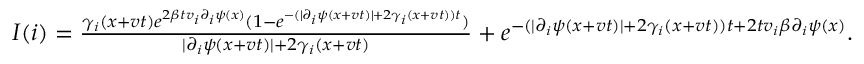
\begin{array} { r } { I ( i ) = \frac { \gamma _ { i } ( x + v t ) e ^ { 2 \beta t v _ { i } \partial _ { i } \psi ( x ) } ( 1 - e ^ { - ( \lvert \partial _ { i } \psi ( x + v t ) \rvert + 2 \gamma _ { i } ( x + v t ) ) t } ) } { \lvert \partial _ { i } \psi ( x + v t ) \rvert + 2 \gamma _ { i } ( x + v t ) } + e ^ { - ( \lvert \partial _ { i } \psi ( x + v t ) \rvert + 2 \gamma _ { i } ( x + v t ) ) t + 2 t v _ { i } \beta \partial _ { i } \psi ( x ) } . } \end{array}